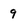
Character: 9